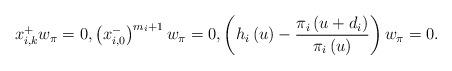
LaTeX: \begin{align*}x_{i,k}^{+}w_\pi=0, \left(x_{i,0}^{-}\right)^{m_i+1}w_\pi=0,\left(h_{i}\left(u\right)-\frac{\pi_i\left(u+d_i\right)}{\pi_i\left(u\right)}\right)w_\pi=0.\end{align*}